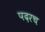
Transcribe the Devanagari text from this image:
पदरच